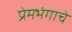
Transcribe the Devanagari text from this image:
प्रेमभंगाचे